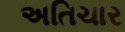
અતિચાર